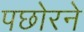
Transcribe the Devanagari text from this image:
पछोरने